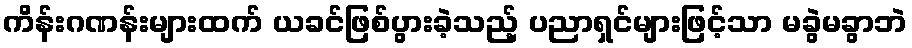
ကိန်းဂဏန်းများထက် ယခင်ဖြစ်ပွားခဲ့သည့် ပညာရှင်များဖြင့်သာ မခွဲမခွာဘဲ